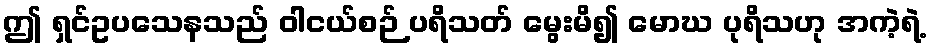
ဤ ရှင်ဥပသေနသည် ဝါငယ်စဉ် ပရိသတ် မွေးမိ၍ မောဃ ပုရိသဟု အကဲ့ရဲ့